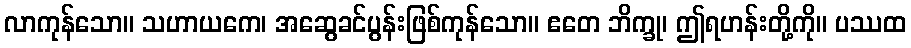
လာကုန်သော။ သဟာယကေ၊ အဆွေခင်ပွန်းဖြစ်ကုန်သော။ ဧတေ ဘိက္ခု၊ ဤရဟန်းတို့ကို။ ပဿထ